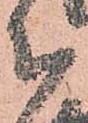
ち